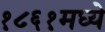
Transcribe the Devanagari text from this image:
१८६१मध्ये